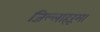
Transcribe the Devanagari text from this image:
जिल्लाहरूमा